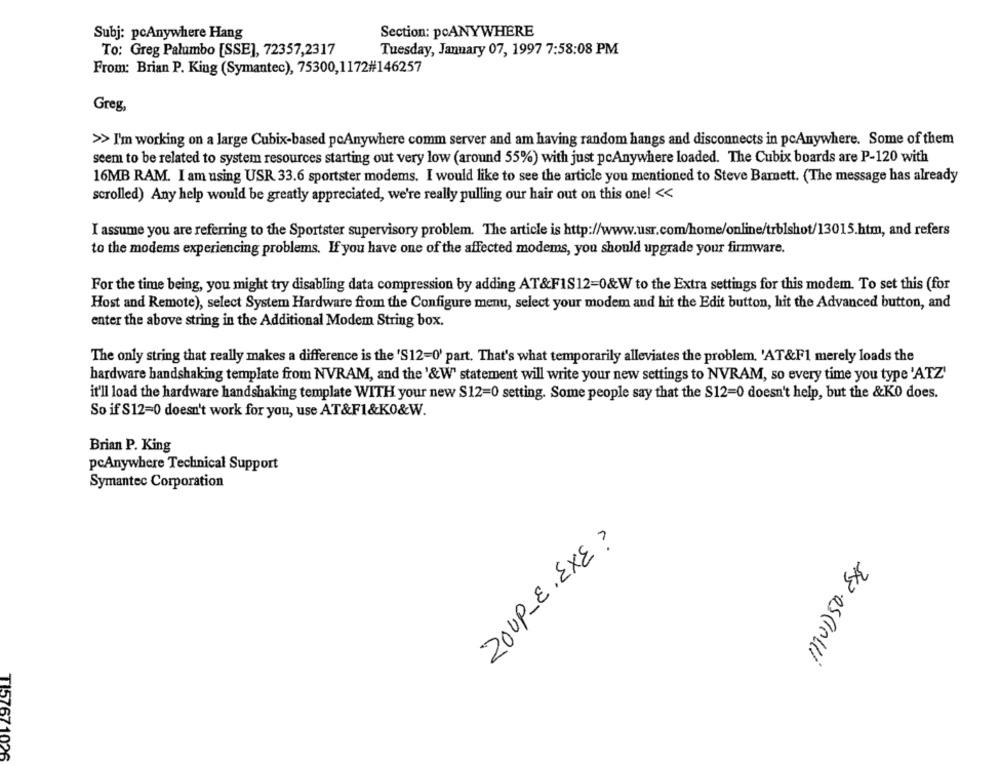
Subj: pcAnywhere Hang
Section: poANYWHERE
To: Greg Palumbo [SSE], 72357,2317
Tuesday, January 07, 1997 7:58:08 PM
From: Brian P. King (Symantec), 75300,1172#146257
Greg,
>> I'm working on a large Cubix-based pcAnywhere comm server and am having random hangs and disconnects in pcAnywhere. Some of them
seem to be related to system resources starting out very low (around 55%) with just pcAnywhere loaded. The Cubix boards are P-120 with
16MB RAM. I am using USR 33.6 sportster modems. I would like to see the article you mentioned to Steve Barnett. (The message has already
scrolled) Any help would be greatly appreciated, we're really pulling our hair out on this one! <<
I assume you are referring to the Sportster supervisory problem. The article is http://www.usr.com/home/online/trblshot/13015.htm, and refers
to the modems experiencing problems. If you have one of the affected modems, you should upgrade your firmware.
For the time being, you might try disabling data compression by adding AT&FIS12=0&W to the Extra settings for this modem. To set this (for
Host and Remote), select System Hardware from the Configure menu, select your modem aud hit the Edit button, hit the Advanced button, and
enter the above string in the Additional Modem String box.
The only string that really makes a difference is the 'S12=0' part. That's what temporarily alleviates the problem, 'AT&F1 merely loads the
hardware handshaking template from NVRAM, and the '&W' statement will write your new settings to NVRAM, so every time you type 'ATZ'
it'll load the hardware handshaking template WITH your new S12=0 setting. Some people say that the S12=0 doesn't help, but the &KO does.
So if S12=0 doesn't work for you, use AT&F1&KO&W.
Brian P. King
pcAnywhere Technical Support
Symantec Corporation
20UP-E.EXE ?
3x3.05(10111
TI57671026